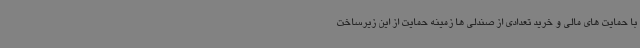
با حمایت های مالی و خرید تعدادی از صندلی ها زمینه حمایت از این زیرساخت